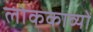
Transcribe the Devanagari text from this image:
लोककाव्यों